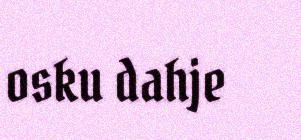
osku dahje